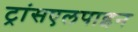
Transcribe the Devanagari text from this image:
ट्रांसएलपाइन